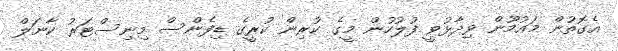
އެގޮތުން މައުމޫން ވިދާޅުވީ ފުލުހުން މީގެ ކުރިން ކުރީގެ ޑިފެންސް މިނިސްޓަރު ކާނަލް